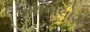
એથનોલોગ